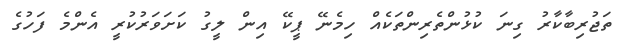
ތަޖުރިބާކާރު ގިނަ ކުޅުންތެރިންތަކެއް ހިމެނޭ ޕީކޭ އިން ލީގު ކަށަވަރުކުރީ އެންމެ ފަހުގެ